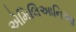
એમિલિઆનિઆ